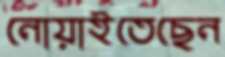
নোয়াইতেছেন